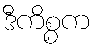
ဒီကိစ္စက